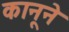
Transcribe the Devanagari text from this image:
कानूने